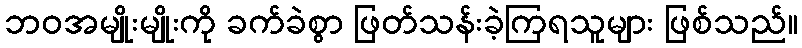
ဘဝအမျိုးမျိုးကို ခက်ခဲစွာ ဖြတ်သန်းခဲ့ကြရသူများ ဖြစ်သည်။